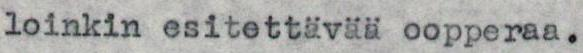
loinkin esitettävää oopperaa.